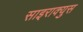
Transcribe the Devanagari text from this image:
साइराक्युस